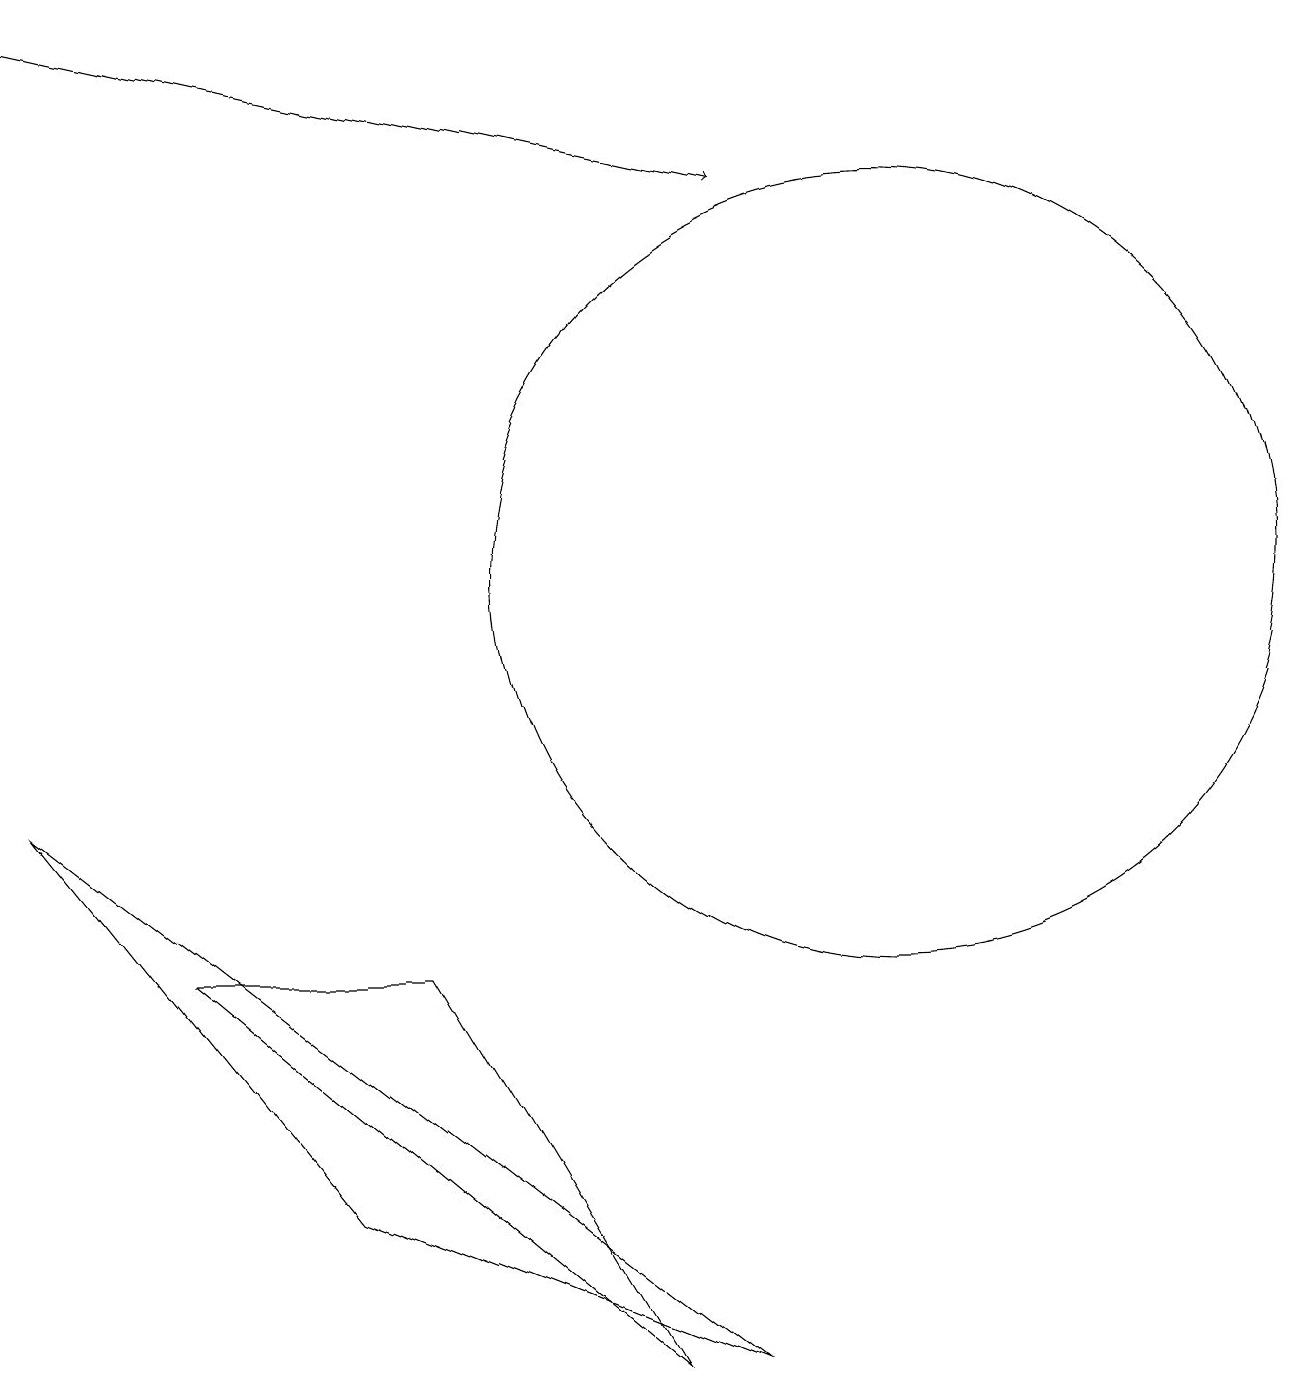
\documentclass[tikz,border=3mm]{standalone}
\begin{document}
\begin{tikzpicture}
\draw (0,7) -- (9,0) -- (4,2) -- cycle;
\draw[->] (0,17) -- (9,15);
\draw (8,0) -- (2,5) -- (5,5) -- cycle;
\draw (11,10) circle (5);
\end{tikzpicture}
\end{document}